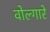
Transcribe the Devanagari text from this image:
वोल्गारे